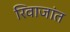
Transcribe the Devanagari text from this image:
रिवाजांत